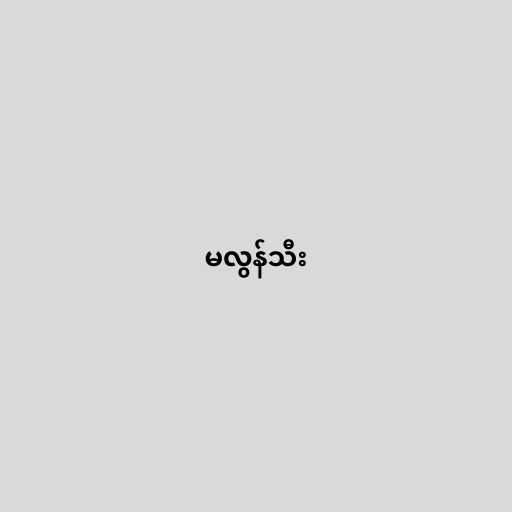
မလွန်သီး